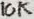
Text: 10K